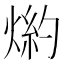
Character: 𤋢